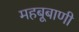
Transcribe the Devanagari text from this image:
महबूबाणी